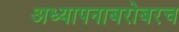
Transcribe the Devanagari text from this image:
अध्‍यापनाबरोबरच